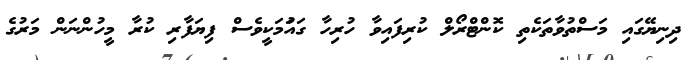
ދިނިޔޭގައި މަސްތުވާތަކެތި ކޮންޓްރޯލް ކުރިފައިވާ ހުރިހާ ގައަުމަކީވެސް ފިޔަފާރި ކުރާ މީހުންނަން މަރުގެ